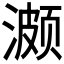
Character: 𬈱